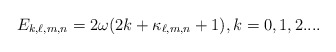
\begin{align*}E_{k,\ell,m,n}=2\omega (2k+\kappa _{\ell,m,n}+1),k=0,1,2.... \end{align*}